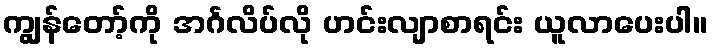
ကျွန်တော့်ကို အင်္ဂလိပ်လို ဟင်းလျာစာရင်း ယူလာပေးပါ။